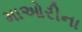
માઓરીના